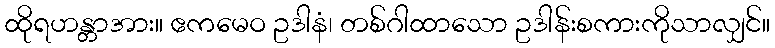
ထိုရဟန္တာအား။ ဧကမေဝ ဥဒါနံ၊ တစ်ဂါထာသော ဥဒါန်းစကားကိုသာလျှင်။